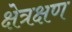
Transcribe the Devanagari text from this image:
क्षेत्रक्षण